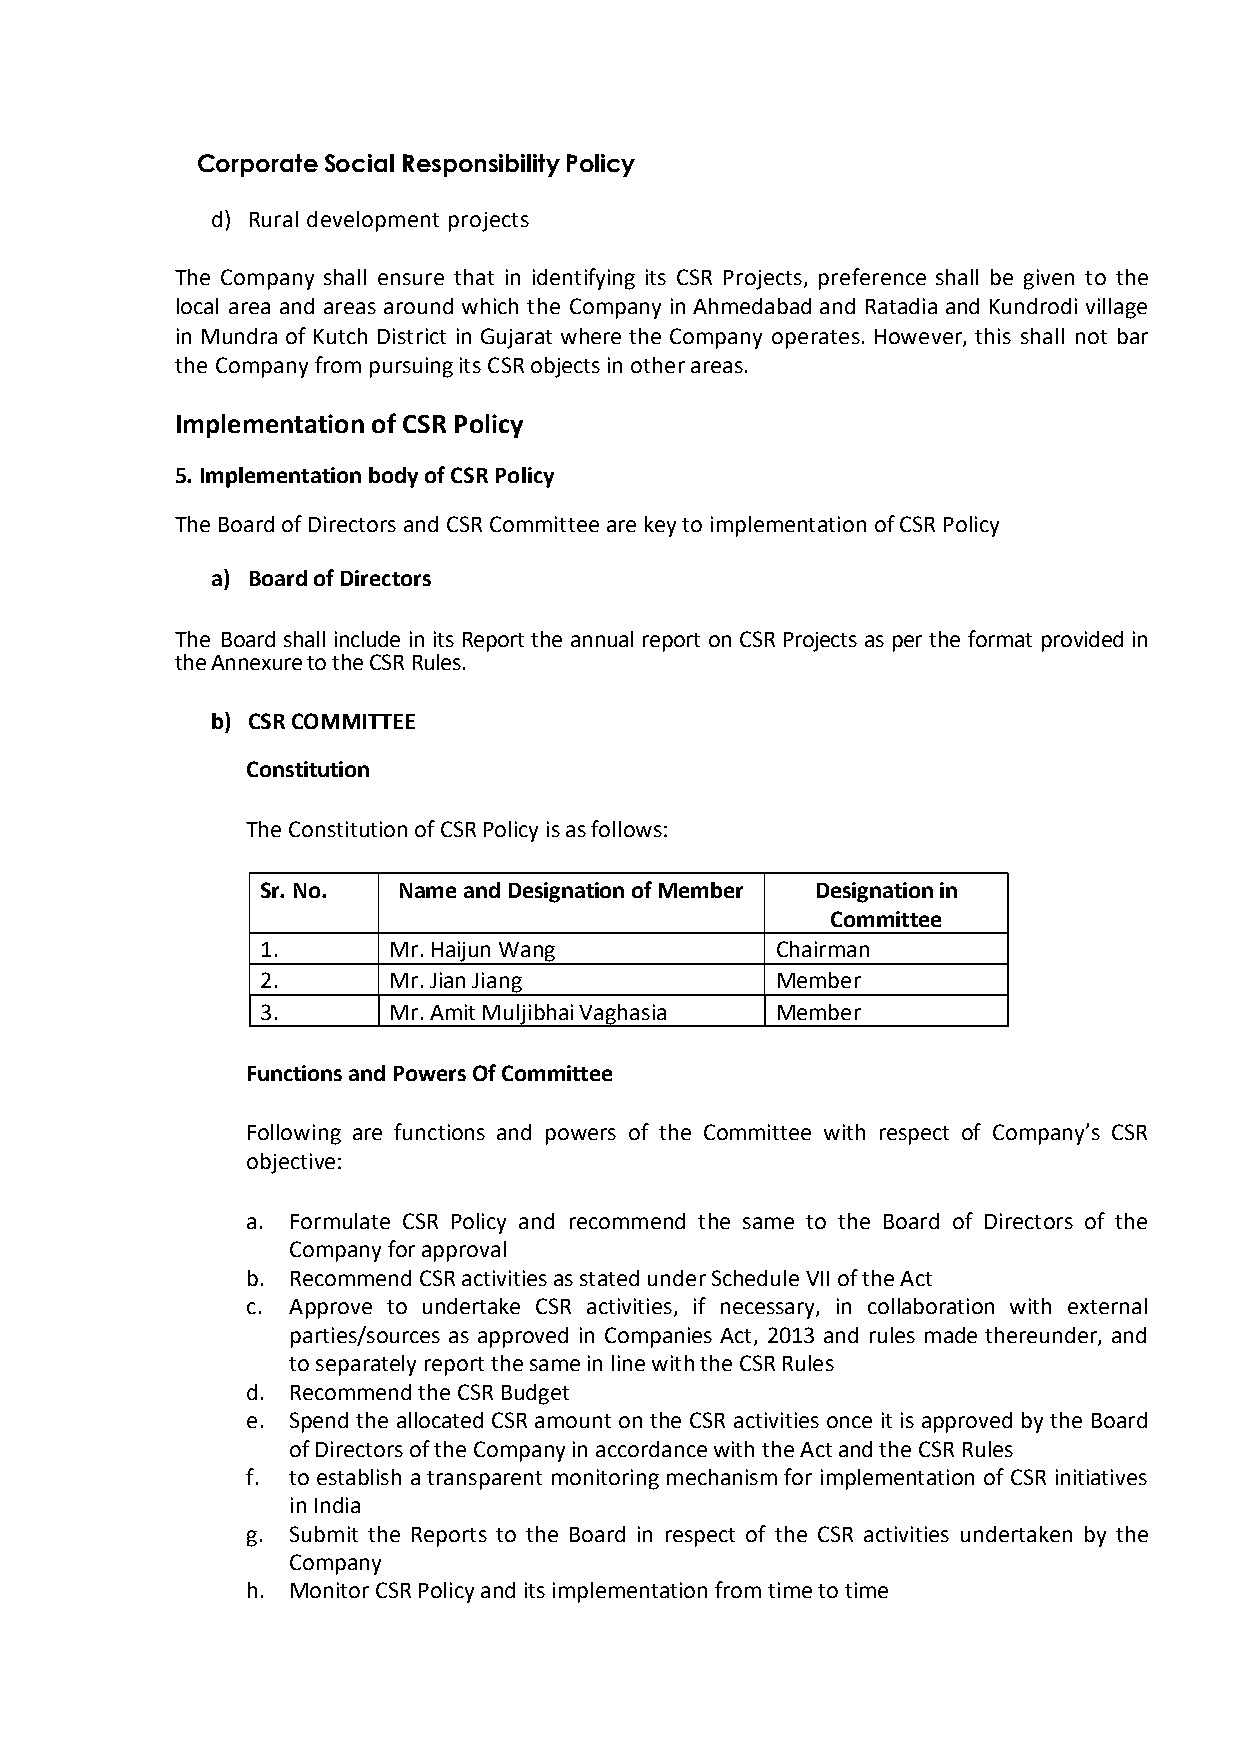
Corporate Social Responsibility Policy
 d) Rural development projects
 The Company shall ensure that in identifying its CSR Projects, preference shall be given to the
 local area and areas around which the Company in Ahmedabad and Ratadia and Kundrodi village
 in Mundra of Kutch District in Gujarat where the Company operates. However, this shall not bar
 the Company from pursuing its CSR objects in other areas.
 Implementation of CSR Policy
 5. Implementation body of CSR Policy
 The Board of Directors and CSR Committee are key to implementation of CSR Policy
 a) Board of Directors
 The Board shall include in its Report the annual report on CSR Projects as per the format provided in
 the Annexure to the CSR Rules.
 b) CSR COMMITTEE
 Constitution
 The Constitution of CSR Policy is as follows:
 Sr. No.  Name and Designation of Member Designation in
 Committee
 1.       Mr. Haijun Wang          Chairman
 2.       Mr. Jian Jiang           Member
 3.       Mr. Amit Muljibhai Vaghasia Member
 Functions and Powers Of Committee
 Following are functions and powers of the Committee with respect of Company’s CSR
 objective:
 a. Formulate CSR Policy and recommend the same to the Board of Directors of the
 Company for approval
 b. Recommend CSR activities as stated under Schedule VII of the Act
 c. Approve to undertake CSR activities, if necessary, in collaboration with external
 parties/sources as approved in Companies Act, 2013 and rules made thereunder, and
 to separately report the same in line with the CSR Rules
 d. Recommend the CSR Budget
 e. Spend the allocated CSR amount on the CSR activities once it is approved by the Board
 of Directors of the Company in accordance with the Act and the CSR Rules
 f. to establish a transparent monitoring mechanism for implementation of CSR initiatives
 in India
 g. Submit the Reports to the Board in respect of the CSR activities undertaken by the
 Company
 h. Monitor CSR Policy and its implementation from time to time